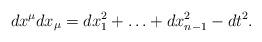
LaTeX: \begin{align*}dx^\mu dx_\mu = dx_1^2 + \ldots + dx_{n-1}^2 - dt^2.\end{align*}